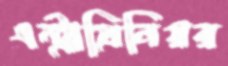
এন্ট্রাপ্রিনিয়র